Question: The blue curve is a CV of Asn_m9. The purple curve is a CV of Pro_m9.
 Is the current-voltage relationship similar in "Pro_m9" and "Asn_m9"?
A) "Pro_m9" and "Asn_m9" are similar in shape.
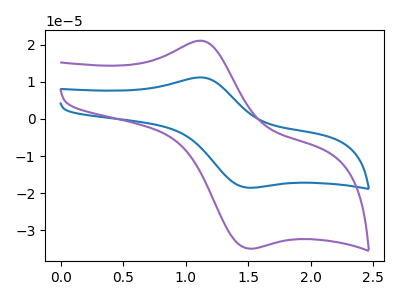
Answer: <think>The blue curve "Asn_m9" has an anodic peak at (1.10V, 11.20uA) and a cathodic peak at (1.50V, -18.50uA). The purple curve "Pro_m9" has an anodic peak at (1.10V, 21.05uA) and a cathodic peak at (1.50V, -34.85uA).
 All the peaks in "Pro_m9" have a peak in "Asn_m9" at the same potential. Every peak in "Pro_m9" is higher than every peak in "Asn_m9".</think>
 <answer>A) "Pro_m9" and "Asn_m9" are similar in shape.</answer>
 <eval>A</eval>